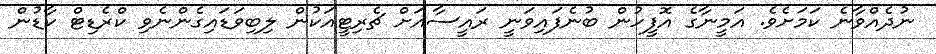
ނުދެއްވާނެ ކަމަށެވެ. އަމީނާގެ އޮފީހުން ބުނެފައިވަނީ ރައީސާއަށް ޗެރިޓީއަކުން ލިބިވަޑައިގެންނެވި ކްރެޑިޓް ކާޑުން